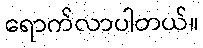
ရောက်လာပါတယ်။